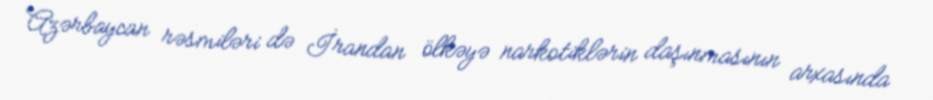
Azərbaycan rəsmiləri də İrandan ölkəyə narkotiklərin daşınmasının arxasında